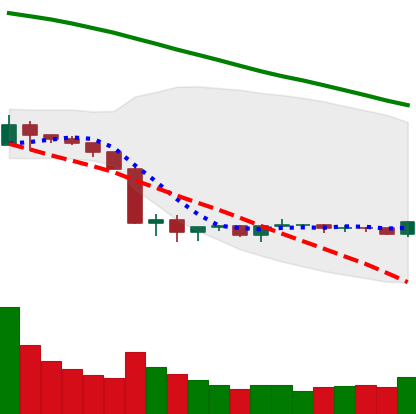
Ticker: BNB-USD
Chart end date: 2019-10-07
Forward return: 7.088%
Label: up_7plus